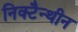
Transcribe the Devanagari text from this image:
निक्टैन्थीन